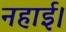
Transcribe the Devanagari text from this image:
नहाई।